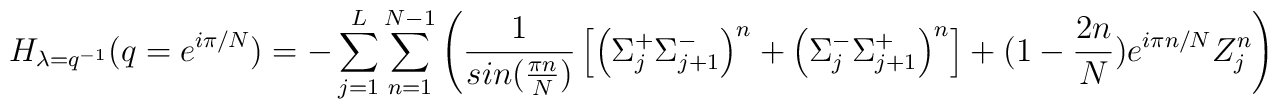
H_{\lambda =q^{-1}}(q = e^{i \pi /N})= -\sum^L_{j=1} \sum^{N-1}_{n=1}\left( \frac{1}{sin ( \frac{\pi n}{N})} \left[ \left( \Sigma^+_j\Sigma^-_{j+1} \right)^n + \left( \Sigma^-_j\Sigma^+_{j+1} \right)^n \right] +( 1- \frac{2n}{N}) e^{i \pi n/N} Z^n_j \right)